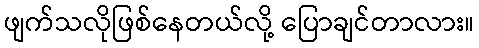
ဖျက်သလိုဖြစ်နေတယ်လို့ ပြောချင်တာလား။